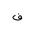
Letter: _fa